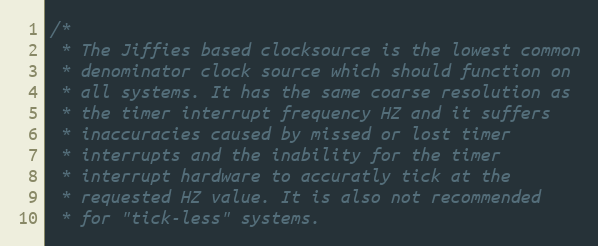
Language: C
/*
 * The Jiffies based clocksource is the lowest common
 * denominator clock source which should function on
 * all systems. It has the same coarse resolution as
 * the timer interrupt frequency HZ and it suffers
 * inaccuracies caused by missed or lost timer
 * interrupts and the inability for the timer
 * interrupt hardware to accuratly tick at the
 * requested HZ value. It is also not recommended
 * for "tick-less" systems.